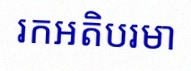
រកអតិបរមា